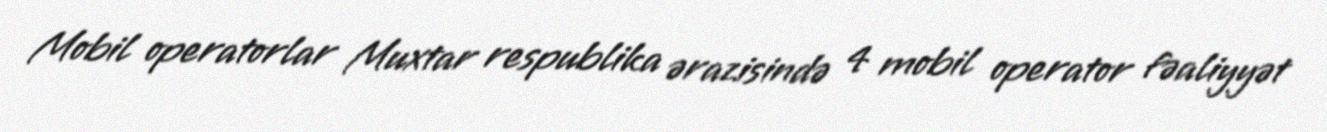
Mobil operatorlar Muxtar respublika ərazisində 4 mobil operator fəaliyyət